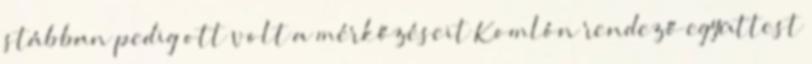
stábban pedig ott volt a mérkőzéseit Komlón rendező együttest